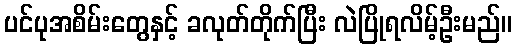
ပင်ပုအစိမ်းတွေနှင့် ခလုတ်တိုက်ပြီး လဲပြိုရလိမ့်ဦးမည်။